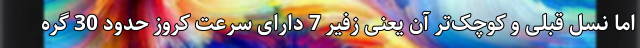
اما نسل قبلی و کوچک‌تر آن یعنی زفیر 7 دارای سرعت کروز حدود 30 گره